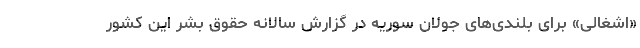
«اشغالی» برای بلندی‌های جولان سوریه در گزارش سالانه حقوق بشر این کشور